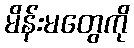
မိန်းမတွေကို